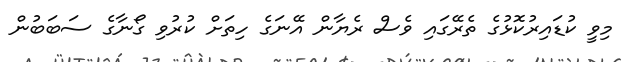
މިވީ ކުޑައިރުކޮޅުގެ ތެރޭގައި ވެސް ރެޔާން އޭނަގެ ހިތަށް ކުރުވި ގޯނާގެ ސަބަބުން